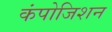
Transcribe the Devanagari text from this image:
कंपोजिशन